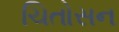
ચિતોસન